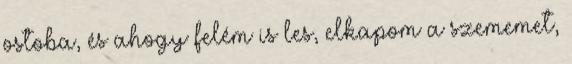
ostoba, és ahogy felém is les, elkapom a szememet,